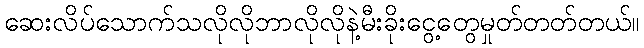
ဆေးလိပ်သောက်သလိုလိုဘာလိုလိုနဲ့မီးခိုးငွေ့တွေမှုတ်တတ်တယ်။